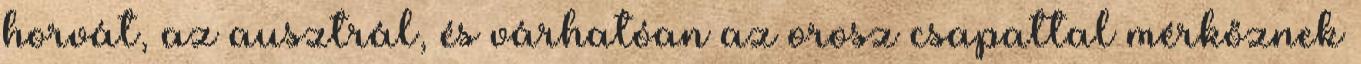
horvát, az ausztrál, és várhatóan az orosz csapattal mérkőznek